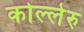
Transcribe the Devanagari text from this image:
कोल्लेरु